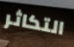
التكاثر